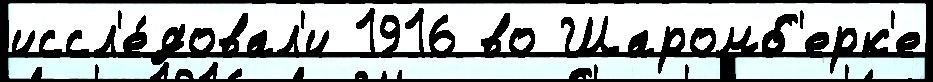
иссл'е́довал'и 1916 во Шаромб'ерк'е